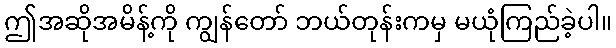
ဤအဆိုအမိန့်ကို ကျွန်တော် ဘယ်တုန်းကမှ မယုံကြည်ခဲ့ပါ။